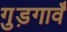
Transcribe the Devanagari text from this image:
गुड़गावँ